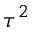
\tau ^ { 2 }